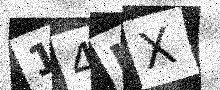
Text: 14IX